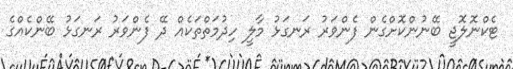
ޓެކްނޮލޮޖީ ބޭނުންކޮށްގެން ފެންވަރު ރަނގަޅު މާލީ ހިދުމަތްތަކެއް ދޭ ފެންވަރު ރަނގަޅު ބޭންކެއްގެ